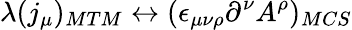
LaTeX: \lambda(j_{\mu})_{MTM}\leftrightarrow(\epsilon_{\mu\nu\rho}\partial^{\nu}A^{\rho})_{MCS}